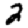
Digit: 2